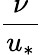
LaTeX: \frac{\nu}{u_{*}}